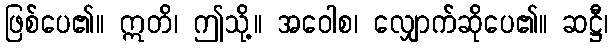
ဖြစ်ပေ၏။ ဣတိ၊ ဤသို့။ အဝေါစ၊ လျှောက်ဆိုပေ၏။ ဆဋ္ဌီ၊